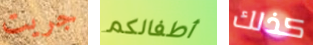
جريت أطفالكم كذلك